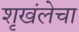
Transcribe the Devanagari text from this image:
शृखंलेचा